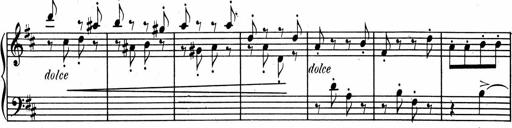
Title: 1Ã¨re Sonatine
Composer: FrÃ©dÃ©ric Binet